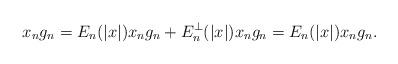
LaTeX: \begin{align*}x_ng_n=E_n(|x|)x_ng_n+E_n^\bot(|x|)x_ng_n=E_n(|x|)x_ng_n. \end{align*}